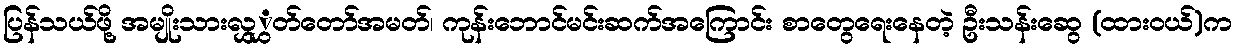
ပြန်သယ်ဖို့ အမျိုးသားလွှွှတ်တော်အမတ်၊ ကုန်းဘောင်မင်းဆက်အကြောင်း စာတွေရေးနေတဲ့ ဦးသန်းဆွေ (ထားဝယ်)က